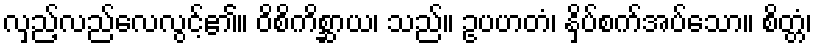
လှည့်လည်လေလွင့်၏။ ဝိစိကိစ္ဆာယ၊ သည်။ ဥပဟတံ၊ နှိပ်စက်အပ်သော။ စိတ္တံ၊